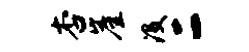
杏崖没二